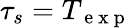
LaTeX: \tau_{s}=T_{\mathrm{~e~x~p~}}